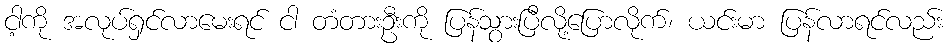
ငါ့ကို အလုပ်ရှင်လာမေးရင် ငါ တံတားဦးကို ပြန်သွားပြီလို့ပြောလိုက်၊ ယင်းမာ ပြန်လာရင်လည်း